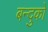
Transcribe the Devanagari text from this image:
बन्दुको